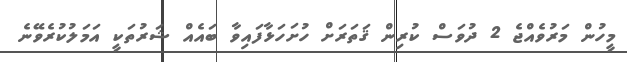
މީހުން މަރުވެއްޖެ 2 ދުވަަސް ކުރިން ޤަތަރަށް ހުށަހަޅާފައިވާ ބައެއް ޝަރުތަކީ އަމަލުކުރެވޭނެ